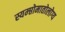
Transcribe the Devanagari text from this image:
स्यम्प्तोमातोलोग्य